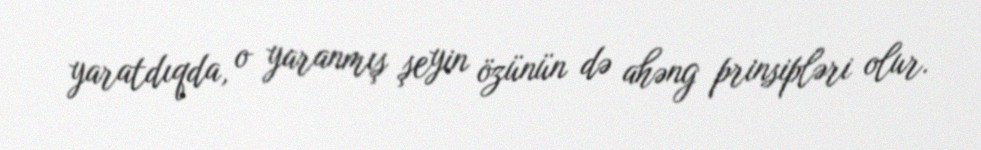
yaratdıqda, o yaranmış şeyin özünün də ahəng prinsipləri olur.